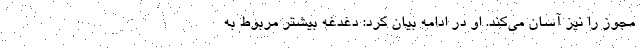
مجوز را نیز آسان می‌کند. او در ادامه بیان کرد: دغدغه بیشتر مربوط به